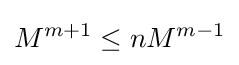
M^{m+1}\leq nM^{m-1}